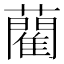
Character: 藺